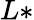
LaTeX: L*